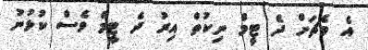
އެ މެޗަށް ދެ ޓީމް ނިކުތް އިރު ދެ ޓީމް ވެސް ކުޅުނު